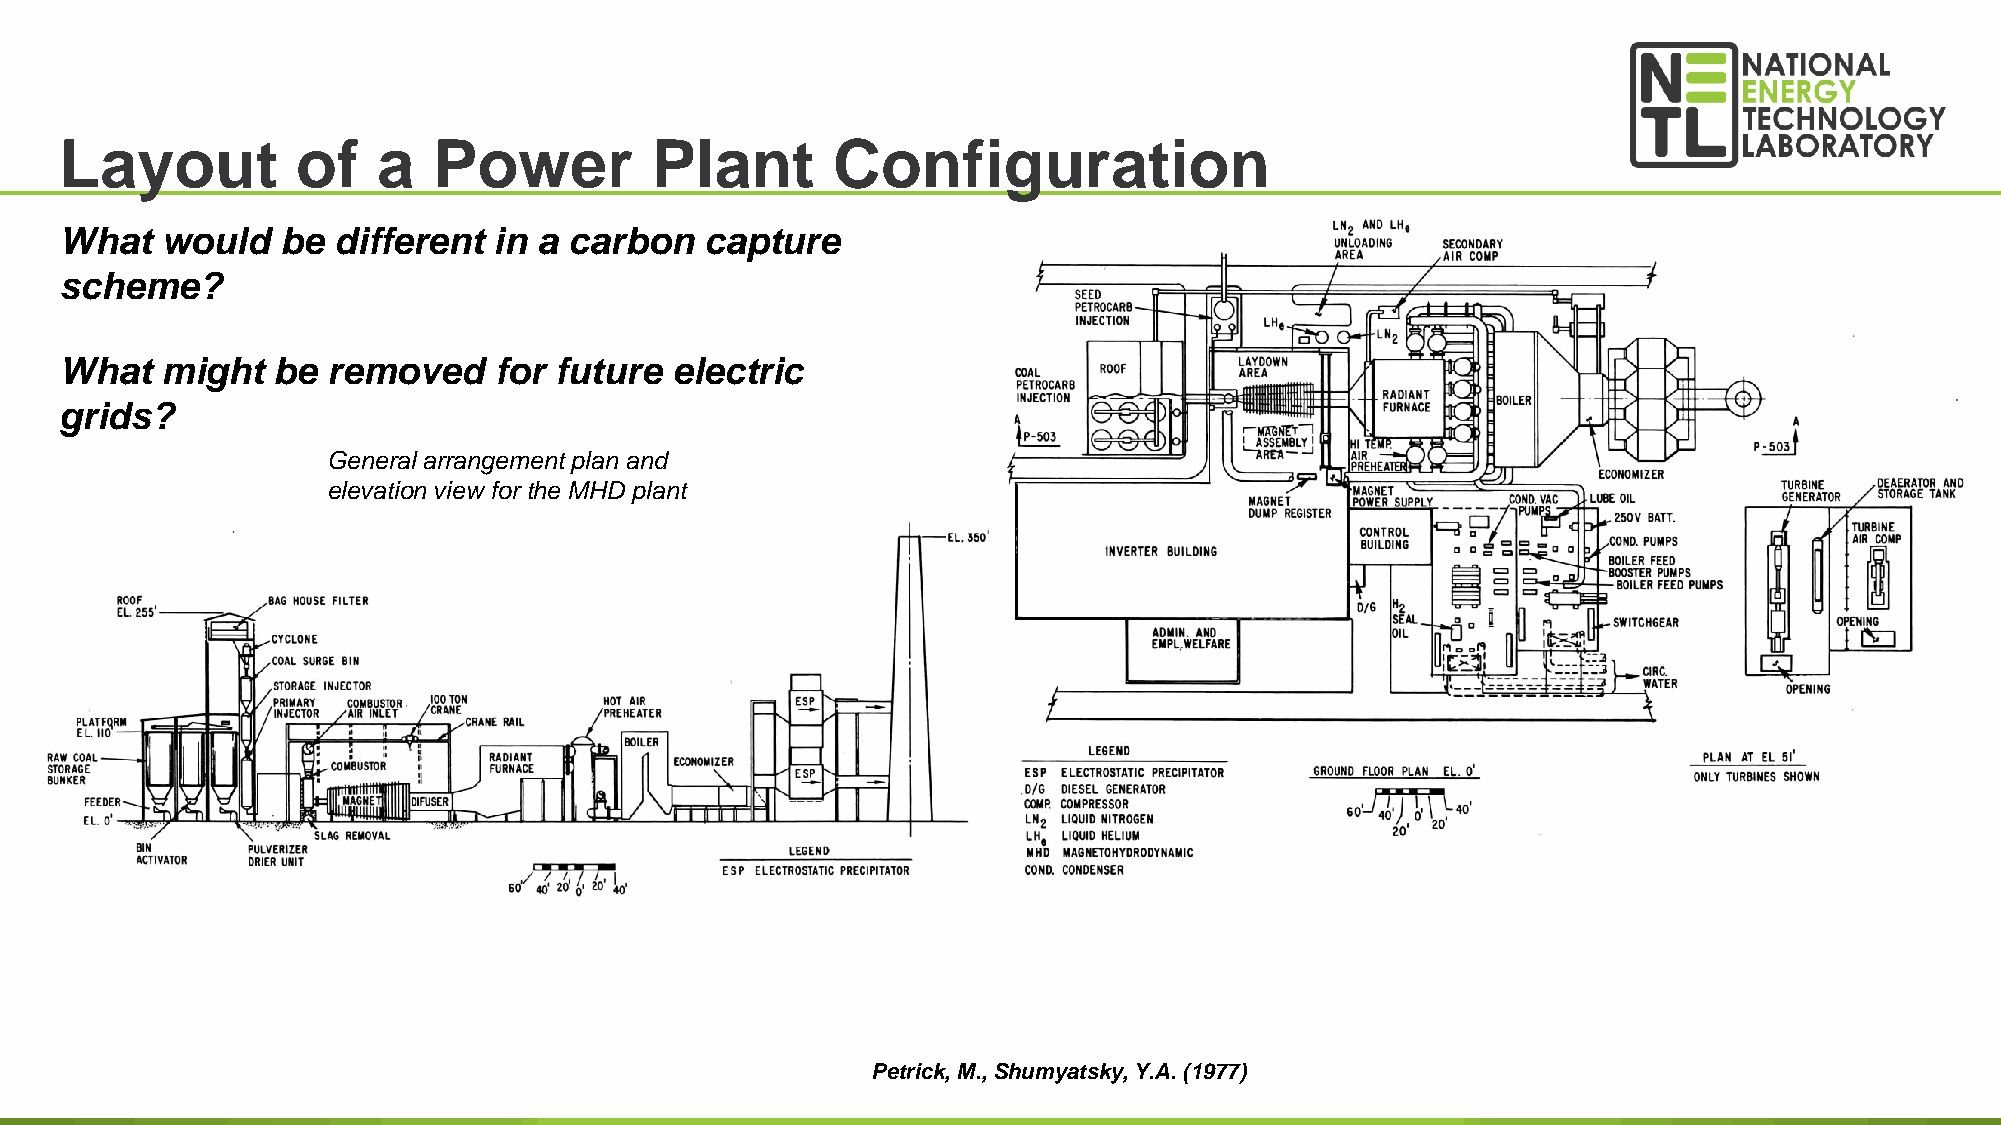
Layout          of   a   Power         Plant       Configuration
 What   would   be different  in a carbon   capture
 scheme?
 What   might  be  removed    for future electric
 grids?
 General arrangement plan and
 elevation view for the MHD plant
 Petrick, M., Shumyatsky, Y.A. (1977)                               42